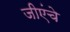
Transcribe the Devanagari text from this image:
जीएंचे